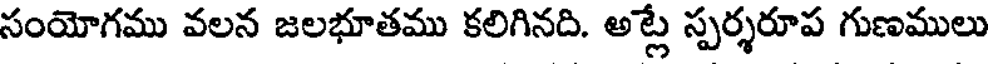
సంయోగము వలన జలభూతము కలిగినది. అట్ల స్పర్శరూప గుణములు